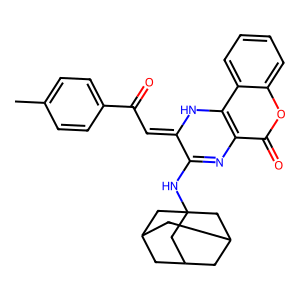
SMILES: Cc1ccc(C(=O)C=C2Nc3c(c(=O)oc4ccccc34)N=C2NC23CC4CC(CC(C4)C2)C3)cc1
Inhibits HIV replication: No